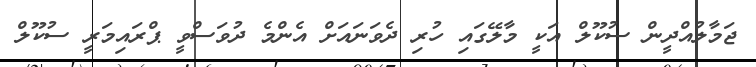
ޖަމާލުއްދީން ސުކޫލް އަކީ މާލޭގައި ހުރި ދެވަނައަށް އެންމެ ދުވަސްވީ ޕްރައިމަރީ ސުކޫލް